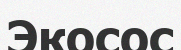
Экосос